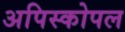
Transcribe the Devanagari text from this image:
अपिस्कोपल